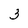
Character: 3